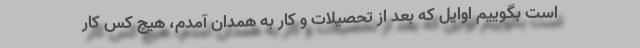
است بگوییم اوایل که بعد از تحصیلات و کار به همدان آمدم، هیچ کس کار